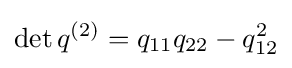
\det q^{(2)}=q_{11}q_{22}-q_{12}^{2}